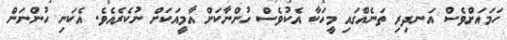
ހަމައަށްވެސް އަނދިރި ތަނެއްގައި މީހަކާ އެކުވެސް ހުންނާކަށް އާމީއަކަށް ނުކެރެއެވެ. އެކަނި ހުންނަން